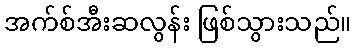
အက်စ်အီးဆလွန်း ဖြစ်သွားသည်။